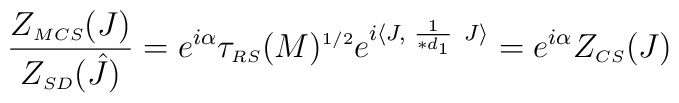
\frac{Z_{\scriptscriptstyle MCS} (J)}{Z_{\scriptscriptstyle SD} (\hat{J})} =e^{i \alpha}\tau_{\scriptscriptstyle RS}(M)^{\scriptscriptstyle 1/2}e^{i \langle J, \hskip 3pt \frac{1}{\ast d_{\scriptscriptstyle 1}} \hskip4pt J \rangle} =e^{i \alpha} Z_{\scriptscriptstyle CS} (J)